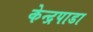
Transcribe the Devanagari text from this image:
केन्द्रपाडा